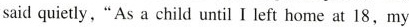
said quietly, "As a child until I left home at 18, my